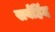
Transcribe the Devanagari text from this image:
सर्वहिंद